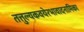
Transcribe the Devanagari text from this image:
तत्तुल्यकवयेरभावादनामिका